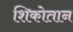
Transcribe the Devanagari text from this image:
शिकोतान